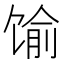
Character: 𱄁